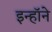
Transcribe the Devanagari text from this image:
इन्हॉने